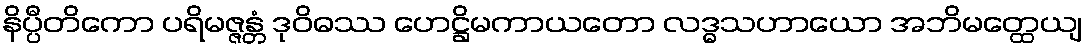
နိပ္ပီတိကော ပရိမဇ္ဇန္တံ ဒုဝိဓဿ ဟေဋ္ဌိမကာယတော လဒ္ဓသဟာယော အဘိမတ္ထေယျ